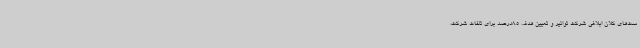
ست‌های کلان ابلاغی شرکت توانیر و تعیین هدف 8.5درصد برای تلفات شرکت،